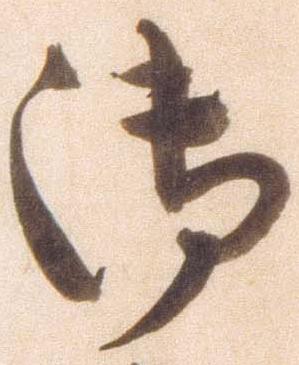
御